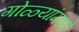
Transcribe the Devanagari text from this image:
गोळ्यांमध्ये